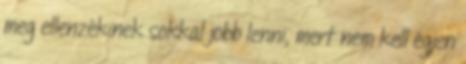
meg ellenzékinek sokkal jobb lenni, mert nem kell égjen